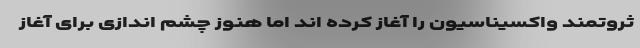
ثروتمند واکسیناسیون را آغاز کرده اند اما هنوز چشم اندازی برای آغاز